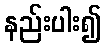
နည်းပါး၍